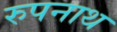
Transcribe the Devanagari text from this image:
रुपनाथ